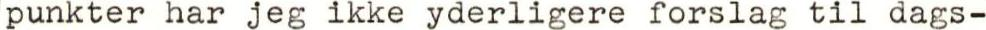
punkter har jeg ikke yderligere forslag til dags-